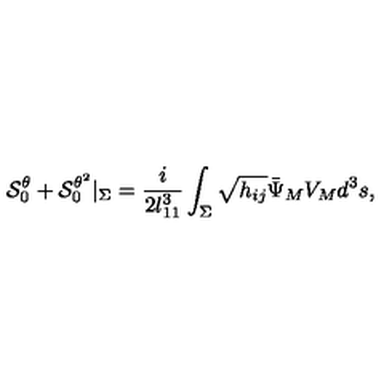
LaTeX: { \cal S } _ { 0 } ^ { \theta } + { \cal S } _ { 0 } ^ { \theta ^ { 2 } } | _ { \Sigma } = { \frac { i } { 2 l _ { 1 1 } ^ { 3 } } } \int _ { \Sigma } \sqrt { h _ { i j } } { \bar { \Psi } } _ { M } V _ { M } d ^ { 3 } s ,